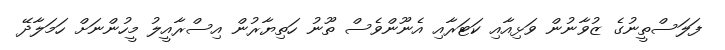
ފަލަސްތީނުގެ ޒުވާނުން ވަޅިއާއި ކަޓަރާއި އެނޫންވެސް ތޫނު ހަތިޔާރުން އިސްރާއީލު މީހުންނަށް ހަމަލާދޭ